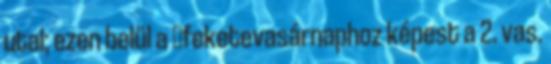
utal; ezen belül a →feketevasárnaphoz képest a 2. vas.